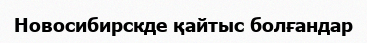
Новосибирскде қайтыс болғандар